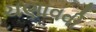
ચણાવવી